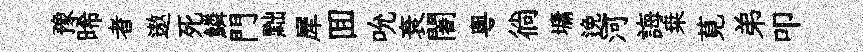
豫晞者遨死鱗門黜犀囬吮衰闍粤徜墉𨓜河誨桒莧弟叩